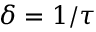
\delta = 1 / \tau